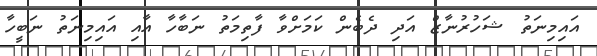
އައިމިނަތު ޝަހުރުނާޒް އަދި ދެބެން ކަމަށްވާ ފާތިމަތު ނަބާހާ އާއި އައިމިނަތު ނަބީހާ